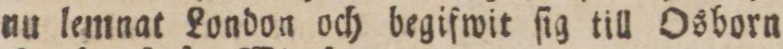
nu lemnat London och begifwit ſig till Osborn